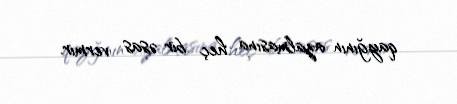
qayğının azalmasına heç bir əsas vermir.